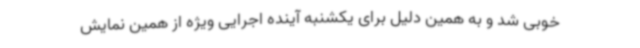
خوبی شد و به همین دلیل برای یکشنبه آینده اجرایی ویژه از همین نمایش